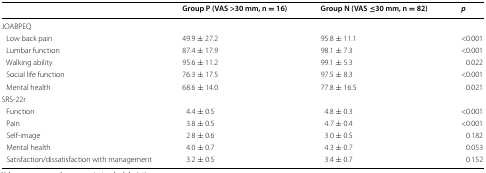
|  | Group P (VAS >30 mm, n = 16) | Group N (VAS ≤30 mm, n = 82) | p |
 | --- | --- | --- | --- |
 | <COLSPAN=4> JOABPEQ |
 | Low back pain | 49.9 ± 27.2 | 95.8 ± 11.1 | <0.001 |
 | Lumbar function | 87.4 ± 17.9 | 98.1 ± 7.3 | <0.001 |
 | Walking ability | 95.6 ± 11.2 | 99.1 ± 5.3 | 0.022 |
 | Social life function | 76.3 ± 17.5 | 97.5 ± 8.3 | <0.001 |
 | Mental health | 68.6 ± 14.0 | 77.8 ± 16.5 | 0.021 |
 | <COLSPAN=4> SRS-22r |
 | Function | 4.4 ± 0.5 | 4.8 ± 0.3 | <0.001 |
 | Pain | 3.8 ± 0.5 | 4.7 ± 0.4 | <0.001 |
 | Self-image | 2.8 ± 0.6 | 3.0 ± 0.5 | 0.182 |
 | Mental health | 4.0 ± 0.7 | 4.3 ± 0.7 | 0.053 |
 | Satisfaction/dissatisfaction with management | 3.2 ± 0.5 | 3.4 ± 0.7 | 0.152 |